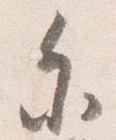
参